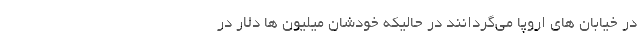
در خیابان های اروپا می‌گردانند در حالیکه خودشان میلیون ها دلار در